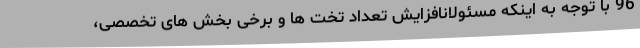
96 با توجه به اینکه مسئولانافزایش تعداد تخت ها و برخی بخش های تخصصی،